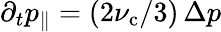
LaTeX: \partial_{t}p_{\| }=(2\nu_{\mathrm{c}}/3)\, \Delta p